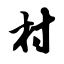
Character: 村